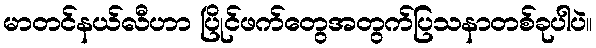
မာတင်နယ်လီဟာ ပြိုင်ဖက်တွေအတွက်ပြသနာတစ်ခုပါပဲ။